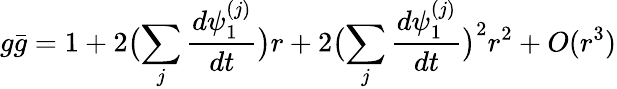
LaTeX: g\bar{g}=1+2\bigl(\sum_{j}\frac{d\psi_{1}^{(j)}}{dt}\bigr)r+2\bigl(\sum_{j}\frac{d\psi_{1}^{(j)}}{dt}\bigr)^{2}r^{2}+O(r^{3})